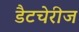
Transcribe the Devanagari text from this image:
डैटचेरीज